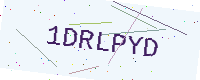
Text: 1DRLPYD